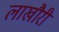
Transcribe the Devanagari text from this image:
लाखौरी